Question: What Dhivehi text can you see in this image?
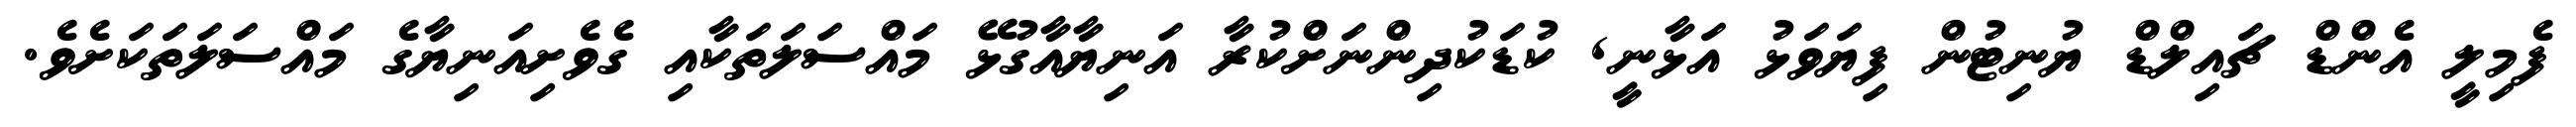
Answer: ފެމިލީ އެންޑް ޗައިލްޑް ޔުނިޓުން ފިޔަވަޅު އަޅާނީ, ކުޑަކުދިންނަށްކުރާ އަނިޔާއާގުޅޭ މައްސަލަތަކާއި ގެވެށިއަނިޔާގެ މައްސަލަތަކަށެވެ.